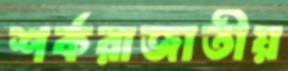
শর্করাজাতীয়